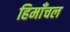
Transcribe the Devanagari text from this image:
हिमाँचल